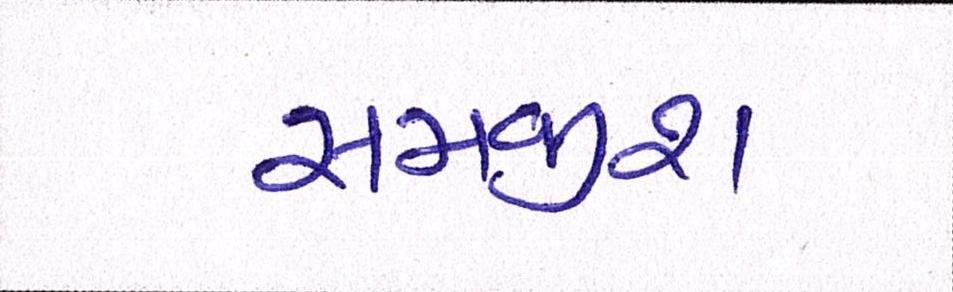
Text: સમજીશ